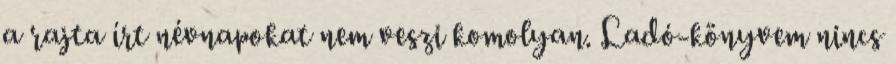
a rajta írt névnapokat nem veszi komolyan. Ladó-könyvem nincs